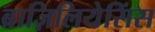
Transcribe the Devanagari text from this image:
ब्राज़िलियेसिंस